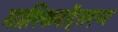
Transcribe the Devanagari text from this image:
मालिकवॉट्सएप्प